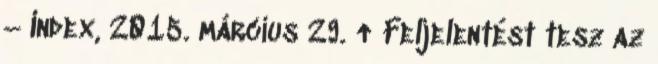
– Index, 2015. március 29. ↑ Feljelentést tesz az